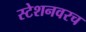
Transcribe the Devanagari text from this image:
स्टेशनवरच